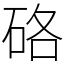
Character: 硌